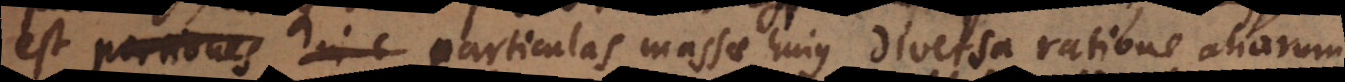
est portiones in c particulas massae hujus diversa ratione aliarum